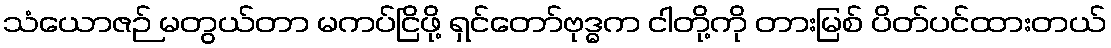
သံယောဇဉ် မတွယ်တာ မကပ်ငြိဖို့ ရှင်တော်ဗုဒ္ဓက ငါတို့ကို တားမြစ် ပိတ်ပင်ထားတယ်